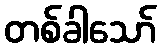
တစ်ခါသော်